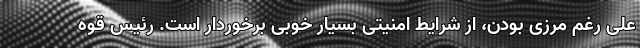
علی رغم مرزی بودن، از شرایط امنیتی بسیار خوبی برخوردار است. رئیس قوه